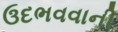
ઉદભવવાની